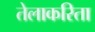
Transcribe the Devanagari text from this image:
तेलाकरिता